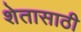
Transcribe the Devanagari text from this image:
शेतासाठी